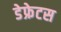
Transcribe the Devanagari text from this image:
डेफ्रेटस